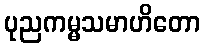
ပုညကမ္မသမာဟိတော